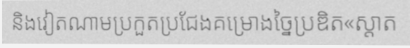
និងវៀតណាមប្រកួតប្រជែងគម្រោងច្នៃប្រឌិត«ស្តាត